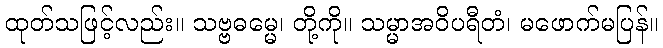
ထုတ်သဖြင့်လည်း။ သဗ္ဗဓမ္မေ၊ တို့ကို။ သမ္မာအဝိပရီတံ၊ မဖောက်မပြန်။